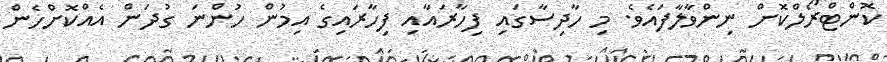
ކޮންޓްރޯލްކޮށް ނިންވާލާފައެވެ. މި ހާދިސާގައި ފިހާރައާއި ފިހާރައިގެ އިމުން ހުންނަ ގުދަން އެއްކޮށްހެން